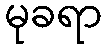
မုခရာ